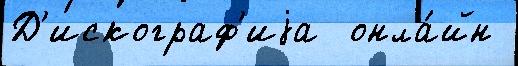
Д'искограф'иjа  онла́йн